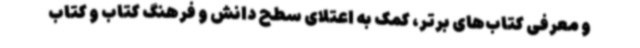
و معرفی کتاب‌های برتر، کمک به اعتلای سطح دانش و فرهنگ کتاب و کتاب